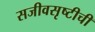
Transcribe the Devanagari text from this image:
सजीवसृष्टीची